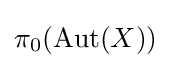
\pi _{0}(\operatorname {Aut} (X))